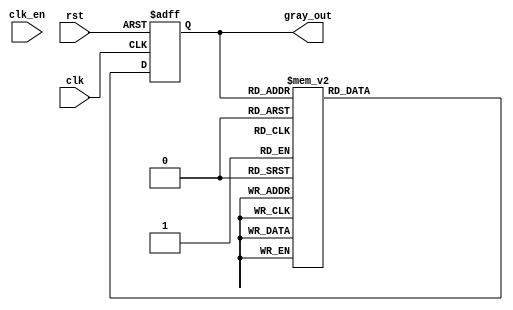
 /*
 -----------------------------------------------------------------------------
 -- File           : Gray_4bits_RTL.v
 -----------------------------------------------------------------------------
 -- Description     : Verilog code for the 4-bit Gray with asynchronous reset
 -- 4 bit gray code :
  --  bin     hex
  --  0000    0
  --  0001    1
  --  0011    3
  --  0010    2
  --  0110    6
  --  0111    7
  --  0101    5
  --  0100    4
  --  1100    C
  --  1101    D
  --  1111    F
  --  1110    E
  --  1010    A
  --  1011    B
  --  1001    9
  --  1000    8
 -- --------------------------------------------------------------------------
 */ 

module gray_4bits(clk, clk_en, rst, gray_out);
	input clk, clk_en, rst;
	output wire [3:0] gray_out;
	reg [3:0] state;

	always @(posedge clk or posedge rst) begin
		if (rst == 1'b1)
			state <= 'h0;
		else
			case (state)
				'h0: state <= 'h1;
				'h1: state <= 'h3;
				'h3: state <= 'h2;
				'h2: state <= 'h6;
				'h6: state <= 'h7;
				'h7: state <= 'h5;
				'h5: state <= 'h4;
				'h4: state <= 'hC;
				'hC: state <= 'hD;
				'hD: state <= 'hF;
				'hF: state <= 'hE;
				'hE: state <= 'hA;
				'hA: state <= 'hB;
				'hB: state <= 'h9;
				'h9: state <= 'h8;
				'h8: state <= 'h0;
			endcase
	end

	assign gray_out = state;

endmodule